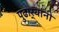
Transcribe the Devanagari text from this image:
पुढार्‍यांनी